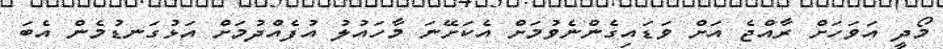
މޯދީ އަވަހަށް ރާއްޖެ އަށް ވަޑައިގެންނެވުމަށް އެކަށޭނަ މާހައުލު އުފެއްދުމަށް އަޅުގަނޑުމެން އެބަ